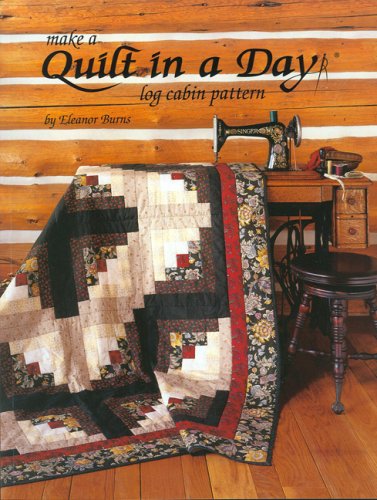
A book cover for Quilt in a Day: Log Cabin Pattern; Eleanor Burns; Crafts, Hobbies & Home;